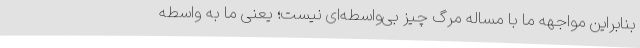
بنابراین مواجهه ما با مساله مرگ چیز بی‌واسطه‌ای نیست؛ یعنی ما به واسطه